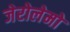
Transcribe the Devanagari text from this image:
जेरोलेमो